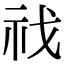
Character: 䄀